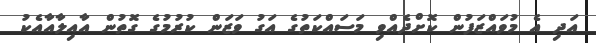
އަދި އެ މުވައްޒަފުން ކޮށްދެއްވި މަސައްކަތުގެ އަގު ވަޒަން ކުރުމުގެ ގޮތުން އާއިލާއާއެކު